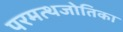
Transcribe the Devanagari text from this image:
परमत्थजोतिका